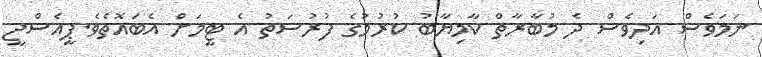
ނަމަވެސް އަދިވެސް ދެ މުބާރާތް ކާމިޔާބު ކުރުމުގެ ފުރުސަތު އެ ޓީމަށް އެބައޮތެވެ.ޕީއެސްޖީ